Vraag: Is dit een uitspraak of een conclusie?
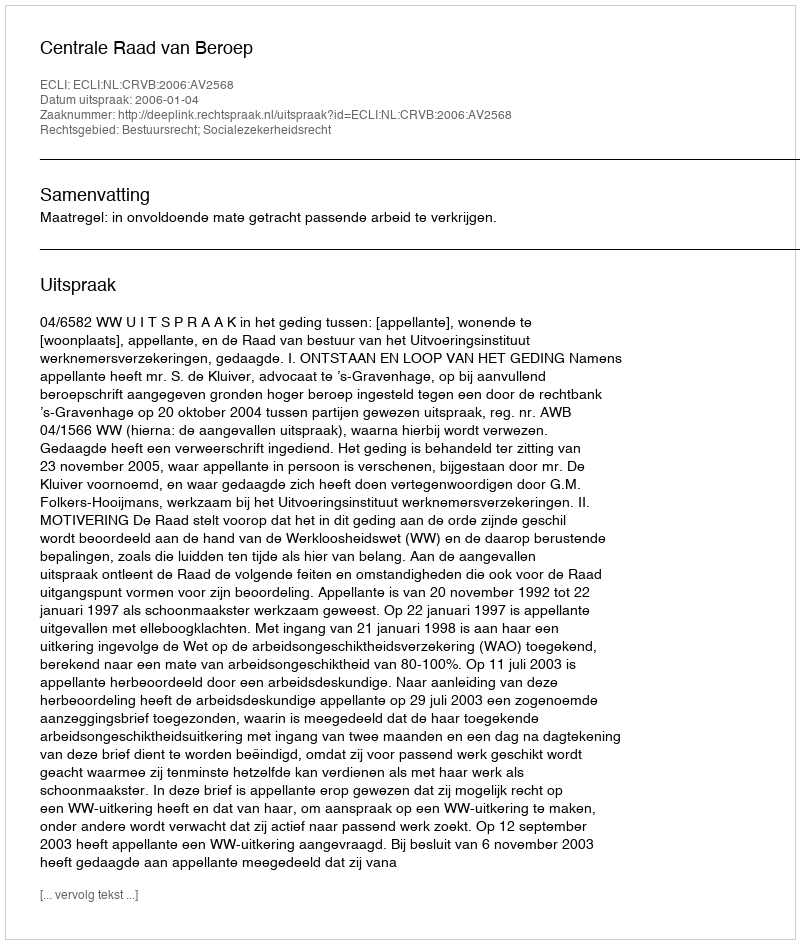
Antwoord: Uitspraak